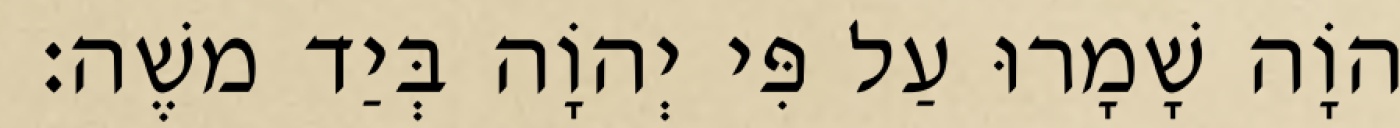
יְהוָֹה שָׁמָרוּ עַל פִּי יְהוָֹה בְּיַד משֶׁה׃